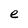
Character: e